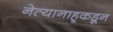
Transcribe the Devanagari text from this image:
नेत्यानाहूकडून